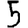
Digit: 5